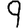
Digit: 9